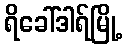
ရိခေါ်ဒါရ်မြို့